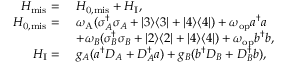
\begin{array} { r l } { H _ { \mathrm { m i s } } = } & { ~ H _ { \mathrm { 0 , m i s } } + H _ { \mathrm { I } } , } \\ { H _ { \mathrm { 0 , m i s } } = } & { ~ \omega _ { \mathrm { A } } ( \sigma _ { A } ^ { \dagger } \sigma _ { A } + | 3 \rangle \langle 3 | + | 4 \rangle \langle 4 | ) + \omega _ { \mathrm { o p } } a ^ { \dagger } a } \\ & { ~ + \omega _ { B } ( \sigma _ { B } ^ { \dagger } \sigma _ { B } + | 2 \rangle \langle 2 | + | 4 \rangle \langle 4 | ) + \omega _ { \mathrm { o p } } b ^ { \dagger } b , } \\ { H _ { \mathrm { I } } = } & { ~ g _ { A } ( a ^ { \dagger } D _ { A } + D _ { A } ^ { \dagger } a ) + g _ { B } ( b ^ { \dagger } D _ { B } + D _ { B } ^ { \dagger } b ) , } \end{array}